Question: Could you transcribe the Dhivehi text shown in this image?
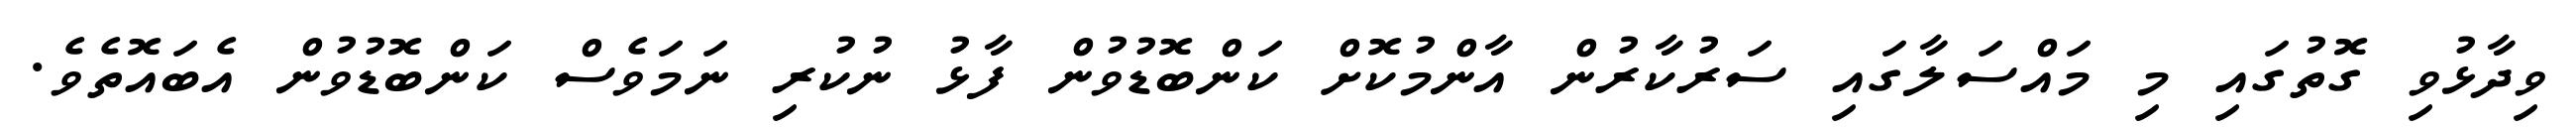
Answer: ވިދާޅުވި ގޮތުގައި މި މައްސަލާގައި ސަރުކާރުން އާންމުކޮށް ކަންބޮޑުވުން ފާޅު ނުކުރި ނަމަވެސް ކަންބޮޑުވުން އެބައޮތެވެ.